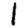
Digit: 1